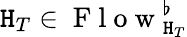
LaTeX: \mathtt{H}_{T}\in\mathrm{{~F~l~o~w~}}_{\mathtt{H}_{T}}^{\flat}